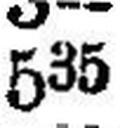
535